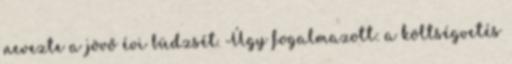
nevezte a jövő évi büdzsét. Úgy fogalmazott: a költségvetés